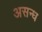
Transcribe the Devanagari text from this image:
असन्ध